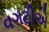
વગટીએ